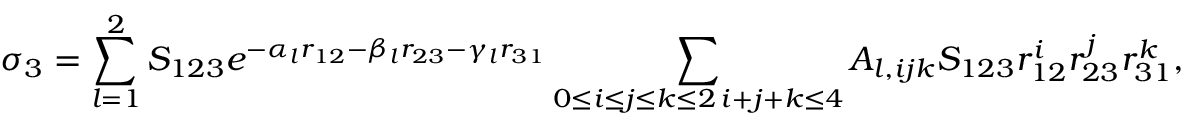
\sigma _ { 3 } = \sum _ { l = 1 } ^ { 2 } S _ { 1 2 3 } \: e ^ { - \alpha _ { l } r _ { 1 2 } - \beta _ { l } r _ { 2 3 } - \gamma _ { l } r _ { 3 1 } } \sum _ { \substack { 0 \le i \le j \le k \le 2 \, i + j + k \le 4 } } A _ { l , i j k } \: S _ { 1 2 3 } \: r _ { 1 2 } ^ { i } r _ { 2 3 } ^ { j } r _ { 3 1 } ^ { k } ,